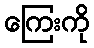
ကြေးကို